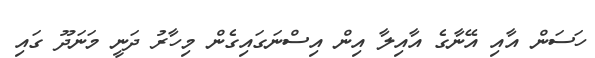
ހަސަން އާއި އޭނާގެ އާއިލާ އިން އިސްނަގައިގެން މިހާރު ދަނީ މަނަދޫ ގައި